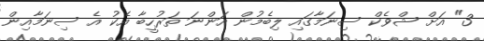
3" އަށް ޝްވެކް ސިނަމާގައި ލިބެމުން އަންނަ ތަރުހީބާ އެކު އެ ސިނަމާއިން